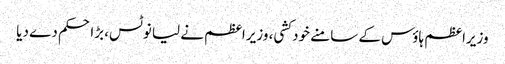
وزیراعظم ہاؤس کے سامنے خود کشی، وزیراعظم نے لیا نوٹس، بڑا حکم دے دیا